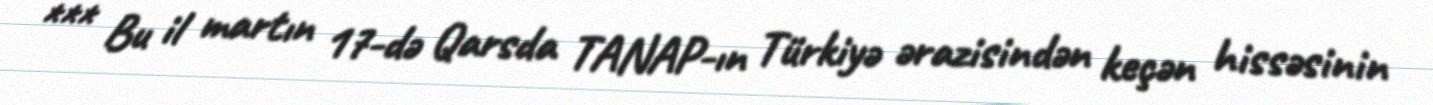
*** Bu il martın 17-də Qarsda TANAP-ın Türkiyə ərazisindən keçən hissəsinin